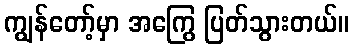
ကျွန်တော့်မှာ အကြွေ ပြတ်သွားတယ်။